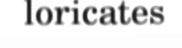
loricates